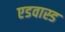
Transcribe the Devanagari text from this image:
एडवास्ड